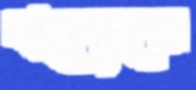
বারেকুলের